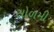
સોળમી